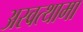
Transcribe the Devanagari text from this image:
अस्वत्थामा